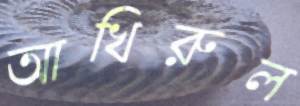
আখিরুল